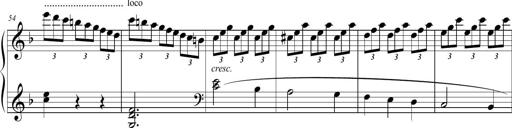
Title: 2 Sonatines faciles et brillantes pour le piano-forte seul
Composer: Carl Czerny